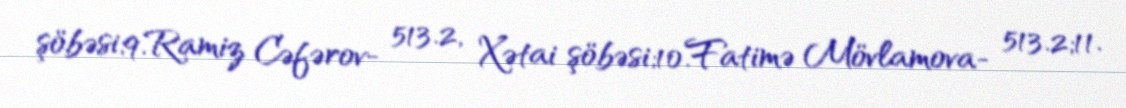
şöbəsi;9.Ramiz Cəfərov- 513.2, Xətai şöbəsi;10.Fatimə Mövlamova- 513.2;11.